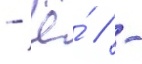
- ё́ / -